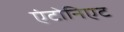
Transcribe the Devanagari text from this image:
एंटोनिएट